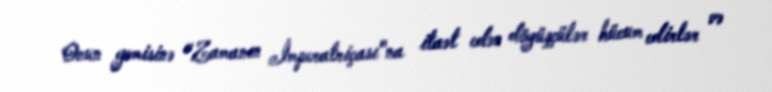
Onun gəmisinə "Zamanın İmperatriçası"na itaət edən döyüşçülər hücum edirlər və